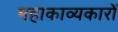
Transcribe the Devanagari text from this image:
महाकाव्यकारों